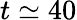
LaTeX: t\simeq 40